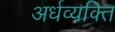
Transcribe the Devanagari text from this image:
अर्धव्यक्ति